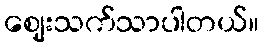
ဈေးသက်သာပါတယ်။